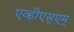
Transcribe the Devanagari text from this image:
एव्हीएस्एम्